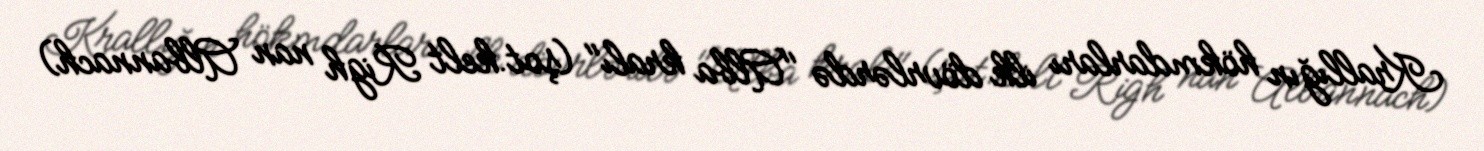
Krallığın hökmdarları ilk dövrlərdə "Alba kralı" (şot.kelt Righ nan Albannach)